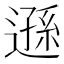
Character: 遜